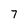
Character: 7